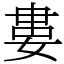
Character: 婁